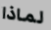
لماذا